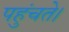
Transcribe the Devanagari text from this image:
पहुंचते।